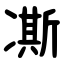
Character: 凘